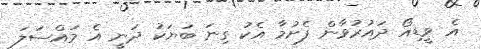
އެ ވީޑިއޯ ދައުރުވާން ފެށުމާ އެކު ގިނަ ބަޔަކު ދަނީ އެ މައްސަލަ